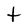
Character: t